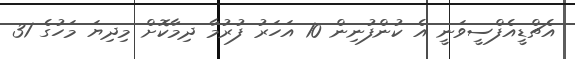
އެޗްޑީއެފްސީވަނީ އެ ކުންފުނިން 10 އަހަރު ފުރުމާ ދިމާކޮށް މިދިޔަ މަހުގެ 31